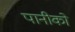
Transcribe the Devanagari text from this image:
पानीको